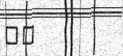
٤٣